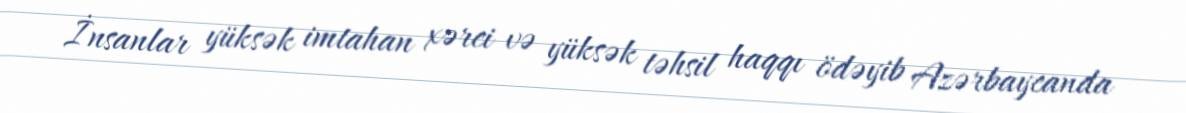
İnsanlar yüksək imtahan xərci və yüksək təhsil haqqı ödəyib Azərbaycanda